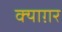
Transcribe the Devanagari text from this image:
क्याग़र